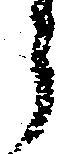
郎